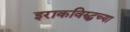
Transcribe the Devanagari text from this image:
इराकविरुद्धच्या